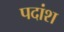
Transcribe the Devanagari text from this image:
पदांश